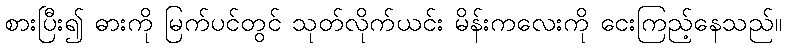
စားပြီး၍ ဓားကို မြက်ပင်တွင် သုတ်လိုက်ယင်း မိန်းကလေးကို ငေးကြည့်နေသည်။